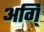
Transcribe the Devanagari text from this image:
अगि्